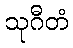
သုဂီတံ